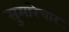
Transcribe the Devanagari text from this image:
सुमारेचार